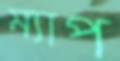
ম্যাপ